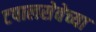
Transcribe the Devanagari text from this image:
टपालसेवेच्या